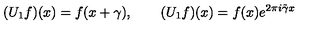
( U _ { 1 } f ) ( x ) = f ( x + \gamma ) , \qquad ( U _ { 1 } f ) ( x ) = f ( x ) e ^ { 2 \pi i \tilde { \gamma } x }